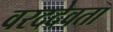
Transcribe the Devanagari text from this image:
वरददेवता